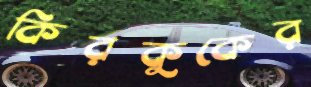
কিরকুকের